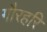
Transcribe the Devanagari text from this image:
गौरहरि